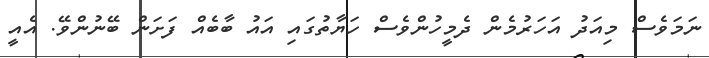
ނަމަވެސް މިއަދު އަހަރުމެން ދެމީހުންވެސް ހަޔާތުގައި އައު ބާބެއް ފަށަން ބޭނުންވޭ. އެއީ